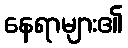
နေရာများ၏